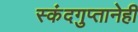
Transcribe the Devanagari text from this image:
स्कंदगुप्तानेही